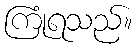
ကြုံရသည်။